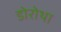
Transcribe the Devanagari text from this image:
डोरोथा